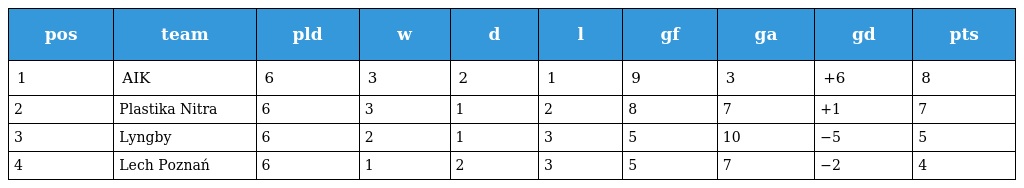
| pos | team | pld | w | d | l | gf | ga | gd | pts |
 | --- | --- | --- | --- | --- | --- | --- | --- | --- | --- |
 | 1 | AIK | 6 | 3 | 2 | 1 | 9 | 3 | +6 | 8 |
 | 2 | Plastika Nitra | 6 | 3 | 1 | 2 | 8 | 7 | +1 | 7 |
 | 3 | Lyngby | 6 | 2 | 1 | 3 | 5 | 10 | −5 | 5 |
 | 4 | Lech Poznań | 6 | 1 | 2 | 3 | 5 | 7 | −2 | 4 |